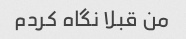
من قبلا نگاه کردم